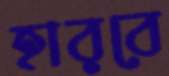
হারবে